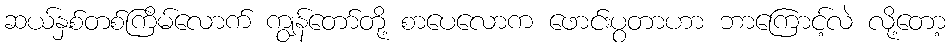
ဆယ်နှစ်တစ်ကြိမ်လောက် ကျွန်တော်တို့ စာပေလောက ဖောင်းပွတာဟာ ဘာကြောင့်လဲ လို့တော့